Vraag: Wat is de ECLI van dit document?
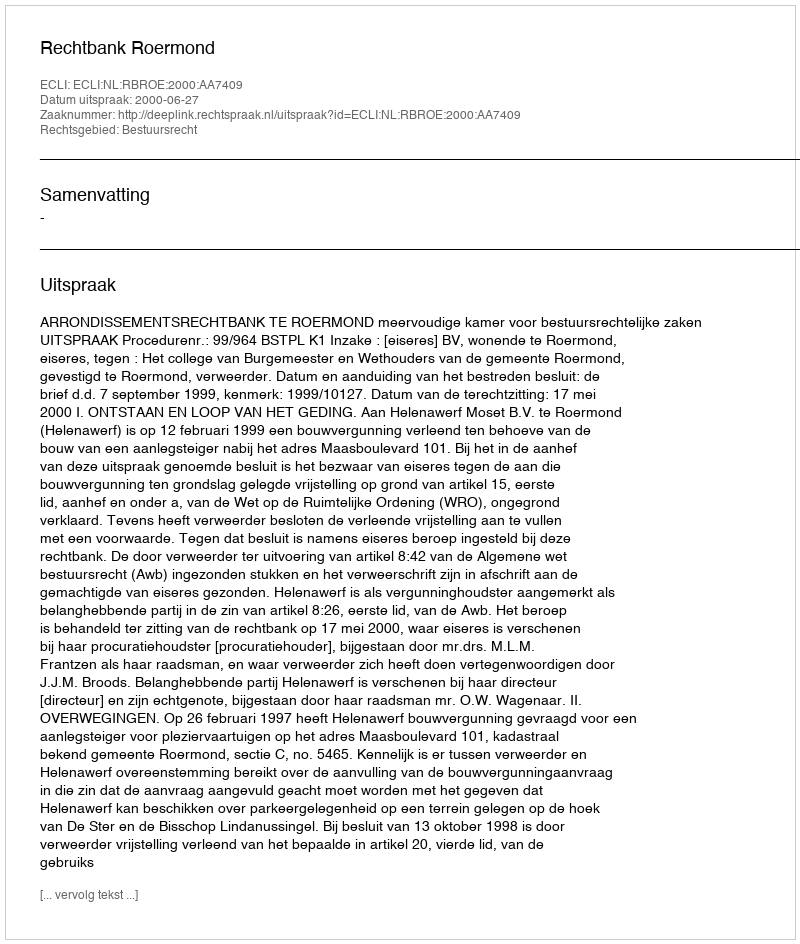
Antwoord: ECLI:NL:RBROE:2000:AA7409